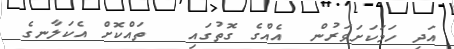
އަދި ހަމަކަށަވަރުން  އެއްގެ ގޮތުގައި   ތައްކޮށް އެކަލާނގެ